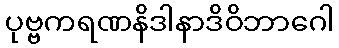
ပုဗ္ဗကရဏနိဒါနာဒိဝိဘာဂေါ